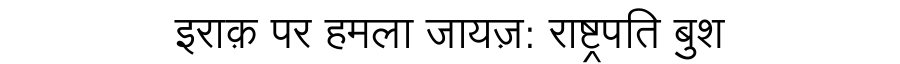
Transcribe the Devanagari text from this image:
इराक़ पर हमला जायज़: राष्ट्रपति बुश